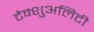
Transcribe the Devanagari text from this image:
टेक्शुअलिटी